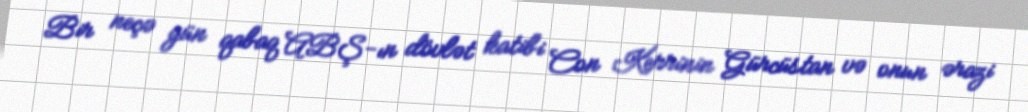
Bir neçə gün qabaq ABŞ-ın dövlət katibi Con Kerrinin Gürcüstan və onun ərazi